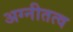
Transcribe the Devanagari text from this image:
अग्नीतत्व